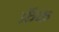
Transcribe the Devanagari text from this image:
फ्रॅक